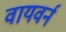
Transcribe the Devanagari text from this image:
वायवर्न